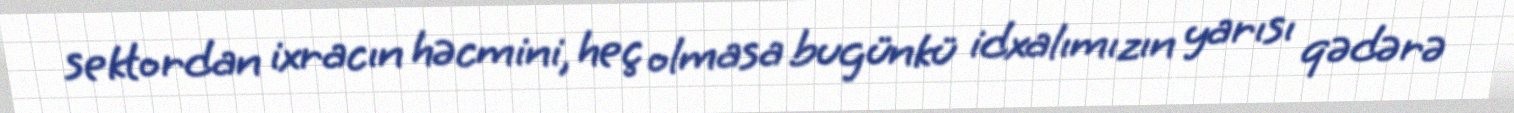
sektordan ixracın həcmini, heç olmasa bugünkü idxalımızın yarısı qədərə